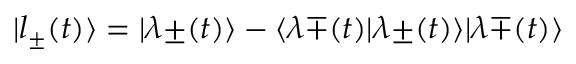
| l _ { \pm } ( t ) \rangle = | \lambda { \pm } ( t ) \rangle - \langle \lambda { \mp } ( t ) | \lambda { \pm } ( t ) \rangle | \lambda { \mp } ( t ) \rangle